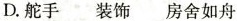
D.舵手 装饰 房舍如舟